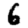
Digit: 6